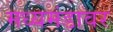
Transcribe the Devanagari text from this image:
मध्यमंडावर